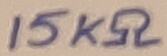
Text: 15KΩ